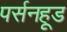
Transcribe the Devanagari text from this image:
पर्सनहूड